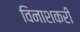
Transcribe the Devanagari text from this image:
विनाशकरी